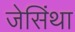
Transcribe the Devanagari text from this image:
जेसिंथा